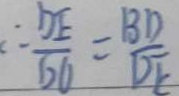
\therefore \frac { D E } { D O } = \frac { B D } { D E }